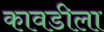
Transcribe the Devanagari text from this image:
कावडीला